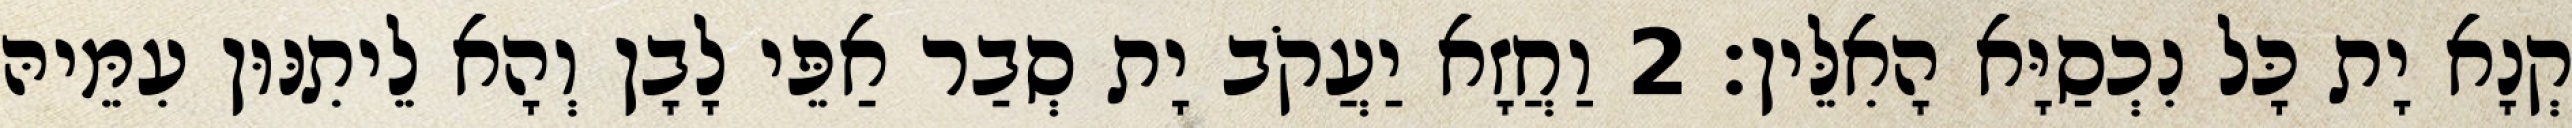
קְנָא יָת כָּל נִכְסַיָּא הָאִלֵּין׃ 2 וַחֲזָא יַעֲקֹב יָת סְבַר אַפֵּי לָבָן וְהָא לֵיתִנּוּן עִמֵּיהּ